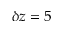
\delta z = 5